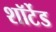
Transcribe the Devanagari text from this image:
शॉर्टेड